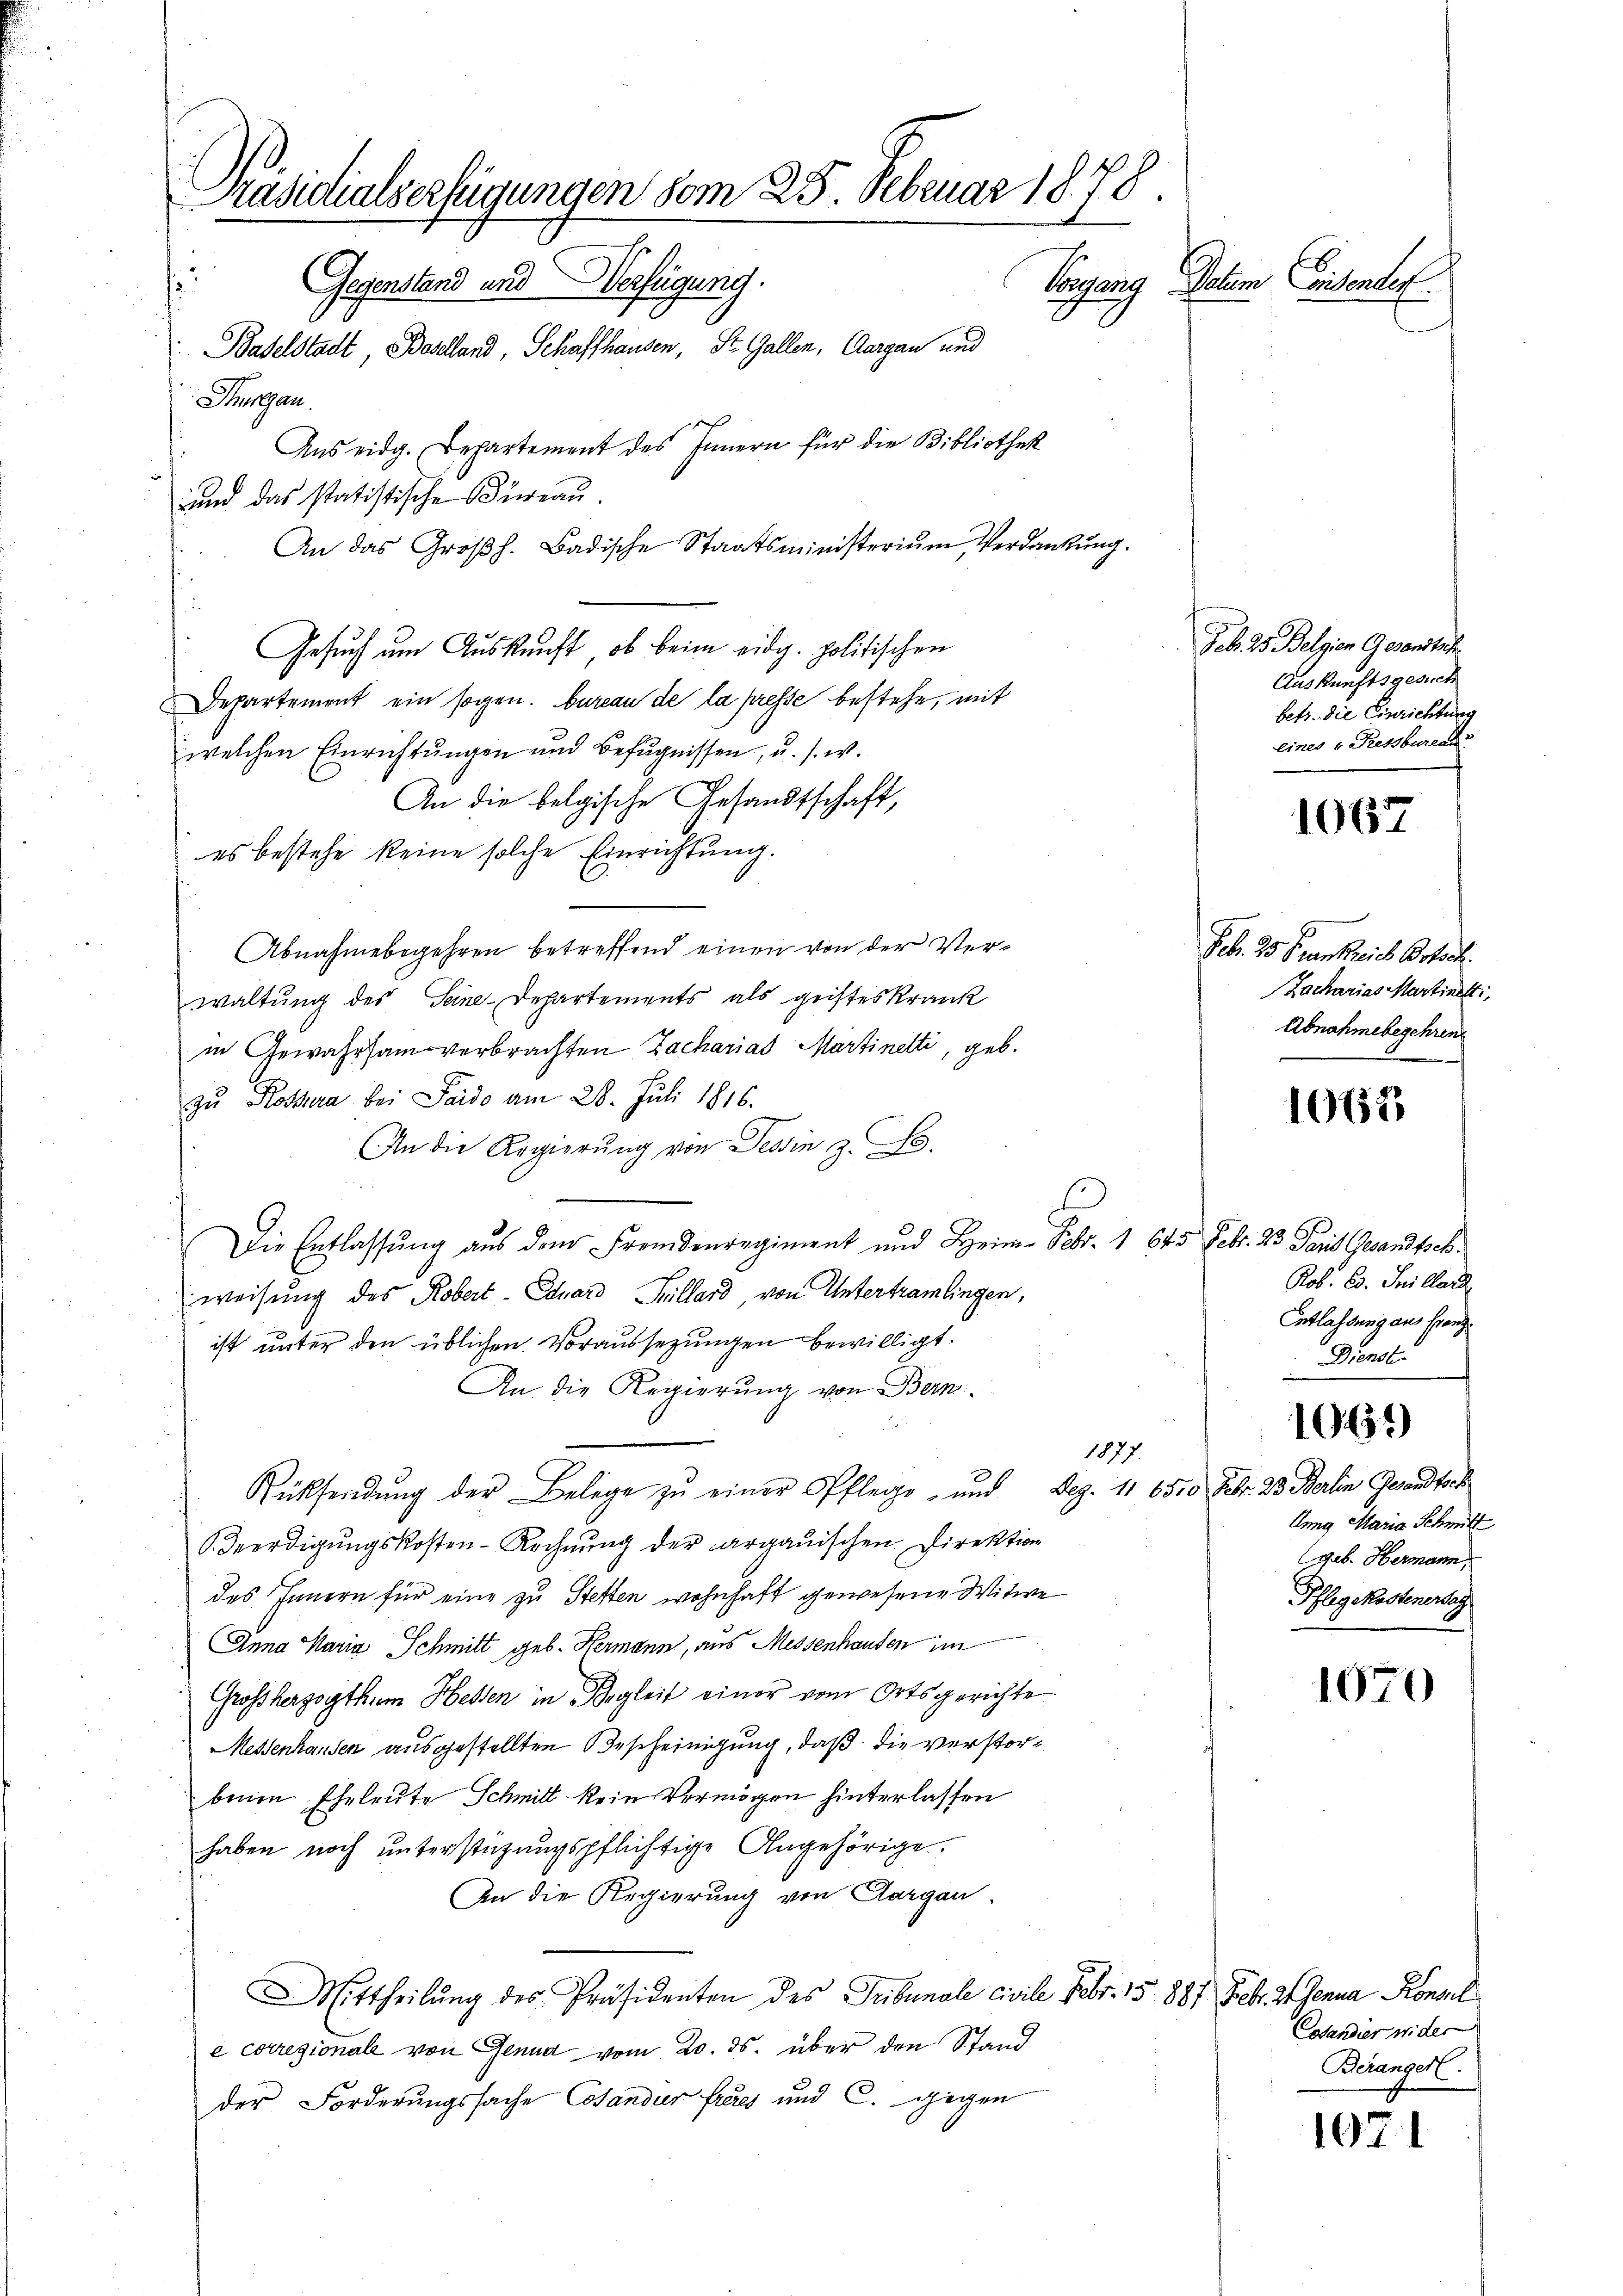
Präsidialserfügungen vom 25. Februar 1878.
Gegenstand und Verfügung.
Vorgang Datum Consenten.
Baselstadt, Baselland, Schaffhausen, St. Gallen, Aargau und
Thurgau.
Aus eidg. Departement des Innern für die Bibliothek

und das statistische Büreau.
An das Großh. Badische Staatsministerium Verdankung.
Gesuch um Auskunft, ob beim eidg. politischen
Departement ein sogen. Bureau de la presse bestehe, mit
welchen Einrichtungen und Befugnissen, u. s. w.
An die belgische Gesandtschaft,
es bestehe keine solche Einrichtung.
Abnahmebegehren betreffend einen von der Verwaltung des Seine-Departements als geisteskrank
in Gewahrsam verbrachten Zachariat Martinetti, geb.
zu Rossera bei Faido am 28. Juli 1816.
An die Regierŭng von Tessin z. B.

s
Die Entlassung aus dem Fremdenregiment und Heim Febr. 1 645 Febr. 23 Paris Gesandtsch.
f
weisung des Robert- Eduard Sillard, von Untertramlingen,
ist unter den üblichen Voraussezungen bewilligt.
An die Regierŭng von Bern
1877.
Rücksendung der Belege zu einer Pflege- und Dez. 11. 6500 Febr. 23. Berlin Gesandtsch
 Beerdigungskosten-Rechnung der argauischen Direktion
des Innern für eine zu Stetten wohnhaft gewesene Witwe
Anna Maria Schmitt geb. Hermann, aus Messenhausen im
Großherzogthum Hessen in Begleit einer vom Ortsgerichte
Messenhausen ausgestellten Bescheinigung, daß die verstorbenen Eheleute Schmitt kein Vermögen hinterlassen
haben noch unterstützungspflichtige Angehörige.
An die Regierung von Aargau.
Mittheilŭng des Präsidenten des Tribunale civile Febr. 15 1887 Feb. 21. Jenna Konsul
e corresionale von Genud vom 20. ds. über den Stand
der Forderungssache Cosandur freies und C. gegen

Feb. 23. Belgien Gesandtsch
Auskunftsgesuch
betr. die Einrichtung
eines v. Pressbureau

1067

Feb. 23. Frankreich Oster.
Zacharias Martinetti,
Abnahmebegehren

1067

Rob. Ed. Sillard
Entlassung aus franz
Dienst

Anng Maria Schmitt
(geb. Hermann,
Pflegekostenersag

1061)

1070

1071

Coandier wider
Berangerl.